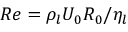
R e = \rho _ { l } U _ { 0 } R _ { 0 } / \eta _ { l }